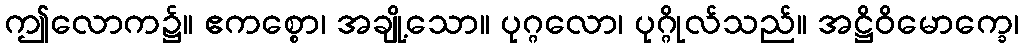
ဤလောက၌။ ဧကစ္စော၊ အချို့သော။ ပုဂ္ဂလော၊ ပုဂ္ဂိုလ်သည်။ အဋ္ဌိဝိမောက္ခေ၊